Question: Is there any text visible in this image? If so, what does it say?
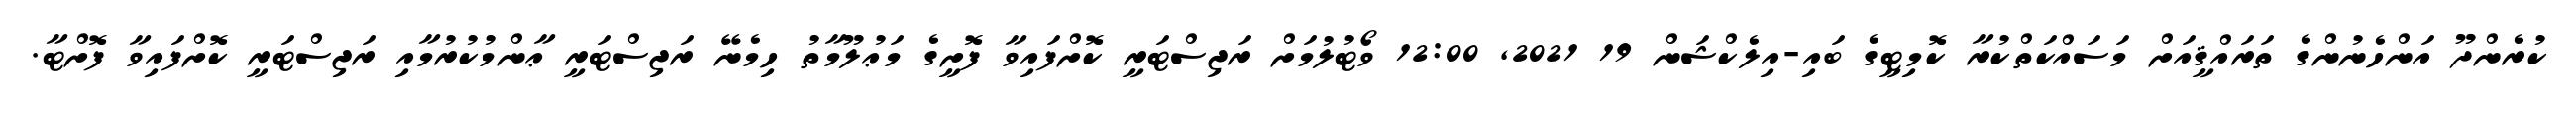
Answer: ކުރެންދޫ އަންހެނުންގެ ތަރައްޤީއަށް މަސައްކަތްކުރާ ކޮމިޓީގެ ބައި-އިލެކްޝަން 19 2021, 12:00 ވޯޓުލުމަށް ރަޖިސްޓަރީ ކޮށްފައިވާ ފޮށީގެ މަޢުލޫމާތު ހިމެނޭ ރަޖިސްޓަރީ ޢާންމުކުރުމާއި ރަޖިސްޓަރީ ކޮށްފައިވާ ފޮށްޓާ.